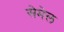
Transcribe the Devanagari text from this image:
सेमेल